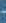
-